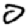
Digit: 0